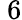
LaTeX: ~6